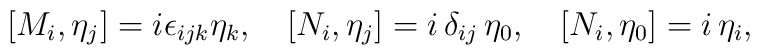
[M_i, \eta_j] = i\epsilon_{ijk}\eta_k, \quad [N_i, \eta_j] = i\, \delta_{ij}\, \eta_0, \quad [N_i, \eta_0] = i\,  \eta_i,